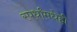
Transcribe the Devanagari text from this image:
स्पर्धांमधेही